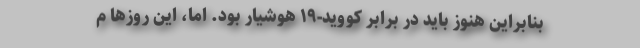
بنابراین هنوز باید در برابر کووید-۱۹ هوشیار بود. اما، این روزها م